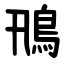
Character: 鳵